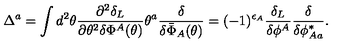
\Delta ^ { a } = \int d ^ { 2 } \theta \frac { \partial ^ { 2 } \delta _ { L } } { \partial \theta ^ { 2 } \delta \Phi ^ { A } ( \theta ) } \theta ^ { a } \frac { \delta } { \delta \bar { \Phi } _ { A } ( \theta ) } = ( - 1 ) ^ { \epsilon _ { A } } \frac { \delta _ { L } } { \delta \phi ^ { A } } \frac { \delta } { \delta \phi _ { A a } ^ { * } } .